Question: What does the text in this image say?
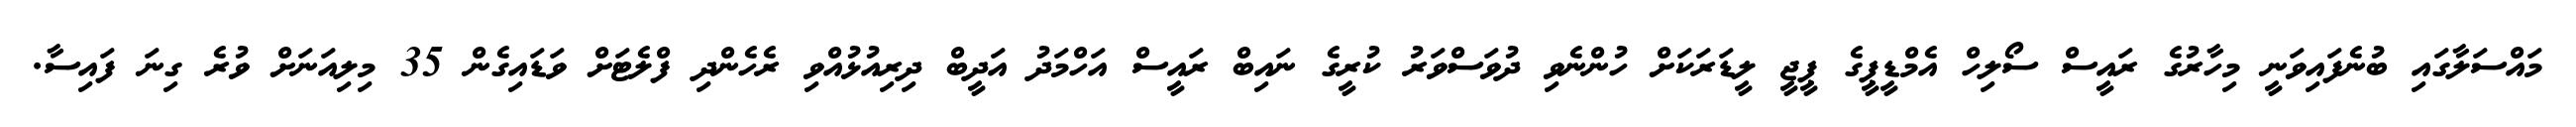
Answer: މައްސަލާގައި ބުނެފައިވަނީ މިހާރުގެ ރައީސް ސޯލިހް އެމްޑީޕީގެ ޕީޖީ ލީޑަރަކަށް ހުންނެވި ދުވަސްވަރު ކުރީގެ ނައިބް ރައީސް އަހްމަދު އަދީބް ދިރިއުޅުއްވި ރެހެންދި ފްލެޓަށް ވަޑައިގެން 35 މިލިއަނަށް ވުރެ ގިނަ ފައިސާ.